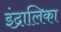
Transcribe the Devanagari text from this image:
इंद्रालिका